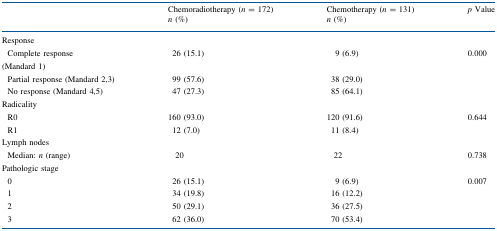
<table><thead><tr><td></td><td><b>Chemoradiotherapy (<i>n</i> = 172)<i>n</i> (%)</b></td><td><b>Chemotherapy (<i>n</i> = 131)<i>n</i> (%)</b></td><td><b><i>p</i> Value</b></td></tr></thead><tbody><tr><td colspan="4">Response</td></tr><tr><td> Complete response(Mandard 1)</td><td>26 (15.1)</td><td>9 (6.9)</td><td>0.000</td></tr><tr><td> Partial response (Mandard 2,3)</td><td>99 (57.6)</td><td>38 (29.0)</td><td></td></tr><tr><td> No response (Mandard 4,5)</td><td>47 (27.3)</td><td>85 (64.1)</td><td></td></tr><tr><td colspan="4">Radicality</td></tr><tr><td> R0</td><td>160 (93.0)</td><td>120 (91.6)</td><td>0.644</td></tr><tr><td> R1</td><td>12 (7.0)</td><td>11 (8.4)</td><td></td></tr><tr><td colspan="2">Lymph nodes</td><td></td><td></td></tr><tr><td> Median: <i>n</i> (range)</td><td>20</td><td>22</td><td>0.738</td></tr><tr><td colspan="4">Pathologic stage</td></tr><tr><td> 0</td><td>26 (15.1)</td><td>9 (6.9)</td><td>0.007</td></tr><tr><td> 1</td><td>34 (19.8)</td><td>16 (12.2)</td><td></td></tr><tr><td> 2</td><td>50 (29.1)</td><td>36 (27.5)</td><td></td></tr><tr><td> 3</td><td>62 (36.0)</td><td>70 (53.4)</td><td></td></tr></tbody></table>